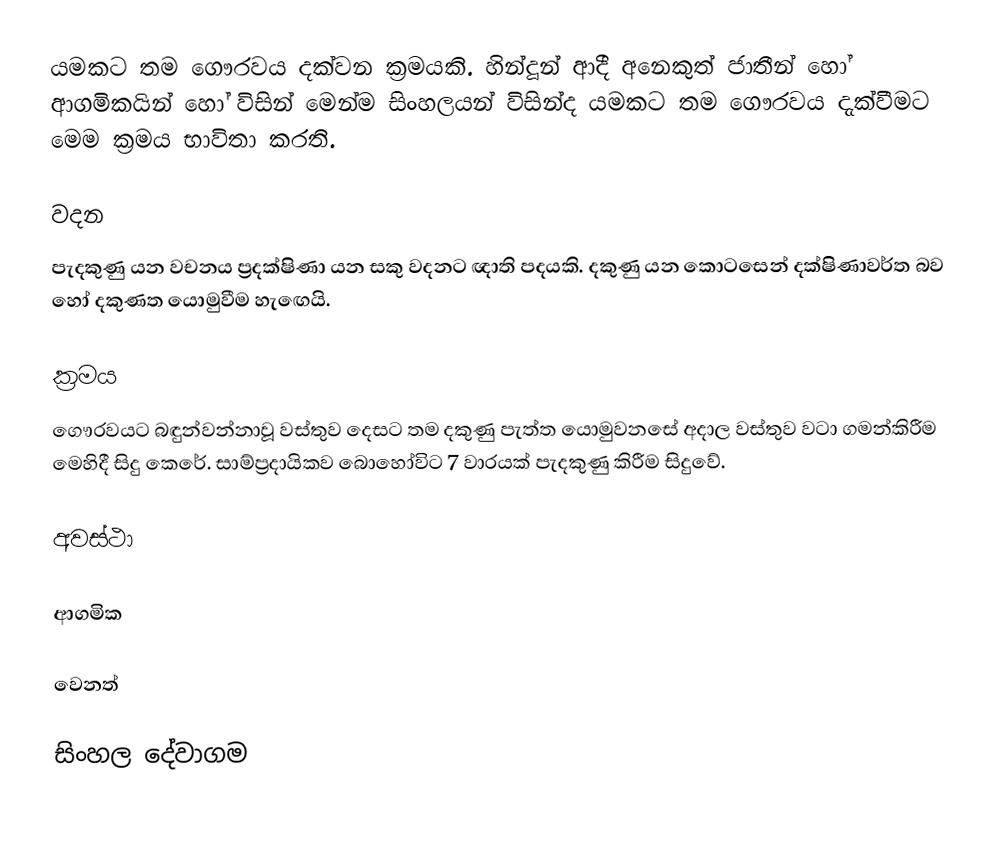
යමකට තම ගෞරවය දක්වන ක්‍රමයකි. හින්දූන් ආදී අනෙකුත් ජාතීන් හෝ ආගමිකයින් හෝ විසින් මෙන්ම සිංහලයන් විසින්ද යමකට තම ගෞරවය දැක්වීමට මෙම ක්‍රමය භාවිතා කරති.

වදන
පැදකුණු යන වචනය ප්‍රදක්ෂිණා යන සකු වදනට ඥාති පදයකි. දකුණු යන කොටසෙන් දක්ෂිණාවර්ත බව හෝ දකුණත යොමුවීම හැඟෙයි.

ක්‍රමය
ගෞරවයට බඳුන්වන්නාවූ වස්තුව දෙසට තම දකුණු පැත්ත යොමුවනසේ අදාල වස්තුව වටා ගමන්කිරීම මෙහිදී සිදු කෙරේ. සාම්ප්‍රදායිකව බොහෝවිට 7 වාරයක් පැදකුණු කිරීම සිදුවේ.

අවස්ථා

ආගමික

වෙනත්

සිංහල දේවාගම